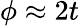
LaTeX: \phi\approx 2t